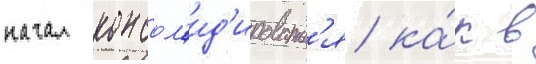
начал консол'ид'ироватьс'я ка́к в